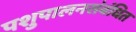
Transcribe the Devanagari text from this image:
पशुपालनसंबंधित